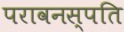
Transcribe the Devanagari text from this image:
परावनस्पति